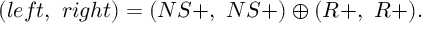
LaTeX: ( l e f t , \ r i g h t ) = ( N S + , \ N S + ) \oplus ( R + , \ R + ) .